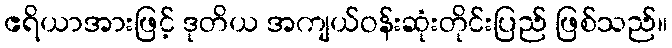
ဧရိယာအားဖြင့် ဒုတိယ အကျယ်ဝန်းဆုံးတိုင်းပြည် ဖြစ်သည်။